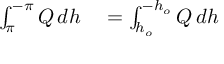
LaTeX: \begin{array} { r l } { \int _ { \pi } ^ { - \pi } Q \, d h } & { { } = \int _ { h _ { o } } ^ { - h _ { o } } Q \, d h } \end{array}